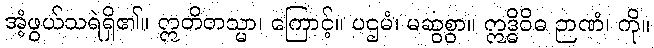
အံ့ဖွယ်သရဲရှိ၏။ ဣတိတသ္မာ၊ ကြောင့်။ ပဌမံ၊ မဆွစွာ။ ဣဒ္ဓိဝိဓ ဉာဏံ၊ ကို။